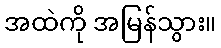
အထဲကို အမြန်သွား။